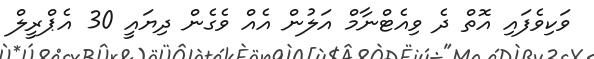
ވަކިވެފައި އޮތް ދެ ވިއެޓްނާމް އަލުން އެއް ވެގެން ދިޔައީ 30 އެޕްރީލް